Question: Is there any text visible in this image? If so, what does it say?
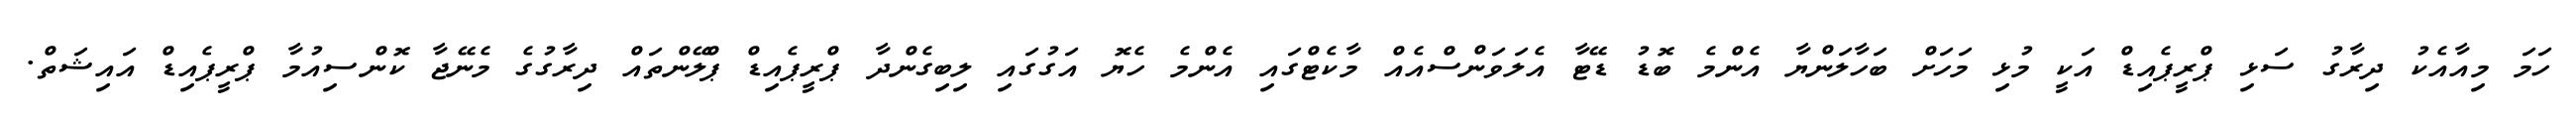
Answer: ހަމަ މިއާއެކު ދިރާގު ސަޅި ޕްރީޕެއިޑް އަކީ މުޅި މަހަށް ބަހާލަންޔާ އެންމެ ބޮޑު ޑޭޓާ އެލަވަންސްއެއް މާކެޓްގައި އެންމެ ހެޔޮ އަގުގައި ލިބިގެންދާ ޕްރީޕެއިޑް ޕްލޭންތައް ދިރާގުގެ މެނޭޖާ ކޮންސިއުމާ ޕްރީޕެއިޑް އައިޝަތް.